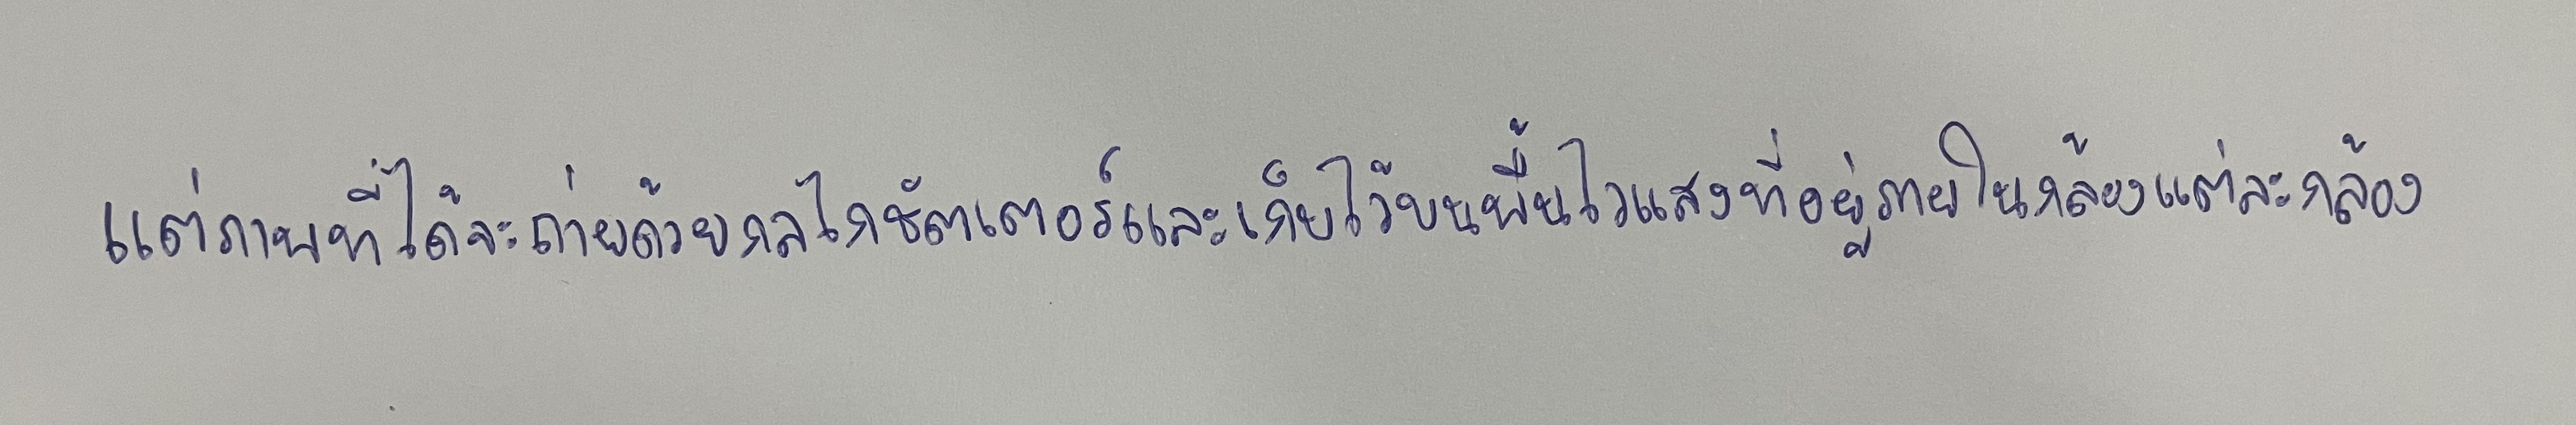
แต่ภาพที่ได้จะถ่ายด้วยกลไกชัตเตอร์และเก็บไว้บนพื้นไวแสงที่อยู่ภายในกล้องแต่ละกล้อง